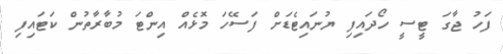
ފަހު ޖާގަ ޓީސީ ހޯދައިފި ޔުނައިޓެޑަށް ފަސޭހަ މޮޅެއް އިންޓަ މުބާރާތުން ކަޓައިފި